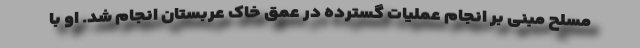
مسلح مبنی بر انجام عملیات گسترده در عمق خاک عربستان انجام شد. او با